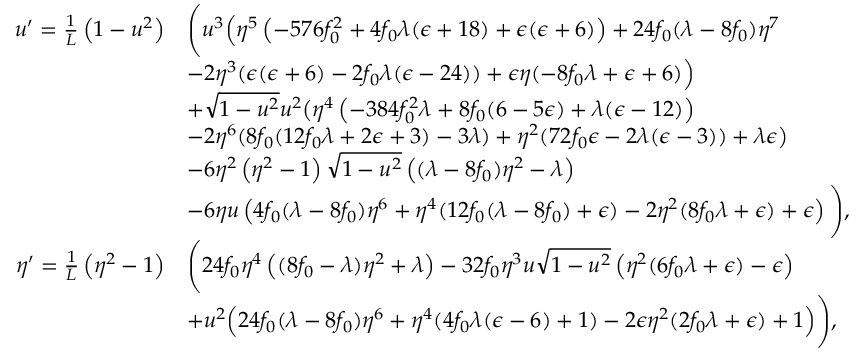
\begin{array} { r l } { u ^ { \prime } = \frac { 1 } { L } \left( 1 - u ^ { 2 } \right) } & { \Bigg ( u ^ { 3 } \Big ( \eta ^ { 5 } \left( - 5 7 6 f _ { 0 } ^ { 2 } + 4 f _ { 0 } \lambda ( \epsilon + 1 8 ) + \epsilon ( \epsilon + 6 ) \right) + 2 4 f _ { 0 } ( \lambda - 8 f _ { 0 } ) \eta ^ { 7 } } \\ & { - 2 \eta ^ { 3 } ( \epsilon ( \epsilon + 6 ) - 2 f _ { 0 } \lambda ( \epsilon - 2 4 ) ) + \epsilon \eta ( - 8 f _ { 0 } \lambda + \epsilon + 6 ) \Big ) } \\ & { + \sqrt { 1 - u ^ { 2 } } u ^ { 2 } \big ( \eta ^ { 4 } \left( - 3 8 4 f _ { 0 } ^ { 2 } \lambda + 8 f _ { 0 } ( 6 - 5 \epsilon ) + \lambda ( \epsilon - 1 2 ) \right) } \\ & { - 2 \eta ^ { 6 } ( 8 f _ { 0 } ( 1 2 f _ { 0 } \lambda + 2 \epsilon + 3 ) - 3 \lambda ) + \eta ^ { 2 } ( 7 2 f _ { 0 } \epsilon - 2 \lambda ( \epsilon - 3 ) ) + \lambda \epsilon \big ) } \\ & { - 6 \eta ^ { 2 } \left( \eta ^ { 2 } - 1 \right) \sqrt { 1 - u ^ { 2 } } \left( ( \lambda - 8 f _ { 0 } ) \eta ^ { 2 } - \lambda \right) } \\ & { - 6 \eta u \left( 4 f _ { 0 } ( \lambda - 8 f _ { 0 } ) \eta ^ { 6 } + \eta ^ { 4 } ( 1 2 f _ { 0 } ( \lambda - 8 f _ { 0 } ) + \epsilon ) - 2 \eta ^ { 2 } ( 8 f _ { 0 } \lambda + \epsilon ) + \epsilon \right) \Bigg ) , } \\ { \eta ^ { \prime } = \frac { 1 } { L } \left( \eta ^ { 2 } - 1 \right) } & { \Bigg ( 2 4 f _ { 0 } \eta ^ { 4 } \left( ( 8 f _ { 0 } - \lambda ) \eta ^ { 2 } + \lambda \right) - 3 2 f _ { 0 } \eta ^ { 3 } u \sqrt { 1 - u ^ { 2 } } \left( \eta ^ { 2 } ( 6 f _ { 0 } \lambda + \epsilon ) - \epsilon \right) } \\ & { + u ^ { 2 } \Big ( 2 4 f _ { 0 } ( \lambda - 8 f _ { 0 } ) \eta ^ { 6 } + \eta ^ { 4 } ( 4 f _ { 0 } \lambda ( \epsilon - 6 ) + 1 ) - 2 \epsilon \eta ^ { 2 } ( 2 f _ { 0 } \lambda + \epsilon ) + 1 \Big ) \Bigg ) , } \end{array}